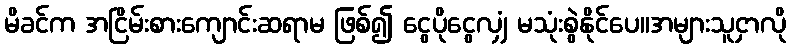
မိခင်က အငြိမ်းစားကျောင်းဆရာမ ဖြစ်၍ ငွေပိုငွေလျှံ မသုံးစွဲနိုင်ပေ။အများသူငှာလို